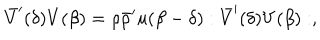
\bar { V } ^ { \prime } ( \delta ) V ( \beta ) = \rho \bar { \rho } ^ { \prime } u ( \beta - \delta ) : \bar { V } ^ { \prime } ( \delta ) V ( \beta ) : ,